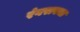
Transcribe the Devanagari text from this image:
रंगरावचा